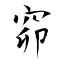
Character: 窌